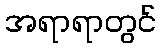
အရာရာတွင်